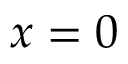
x = 0